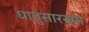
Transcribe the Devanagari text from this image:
धातुसारख्या